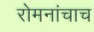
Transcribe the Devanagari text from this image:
रोमनांचाच